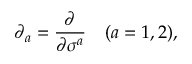
\partial _ { a } = { \frac { \partial } { \partial \sigma ^ { a } } } \quad ( a = 1 , 2 ) ,